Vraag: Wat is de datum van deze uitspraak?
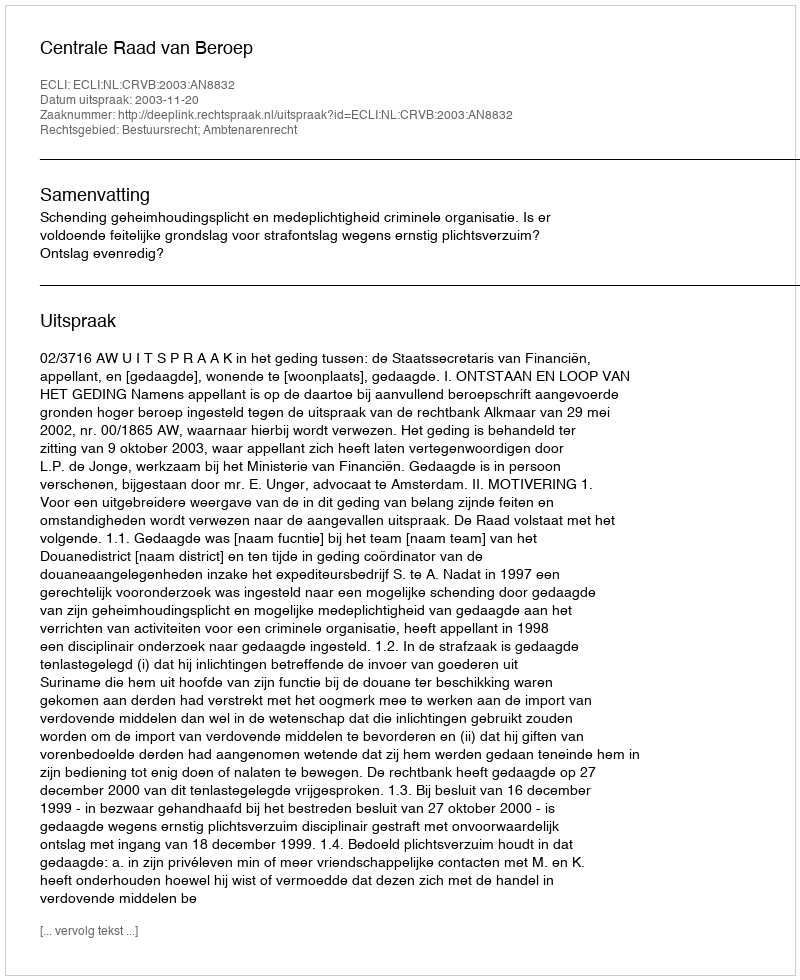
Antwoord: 2003-11-20